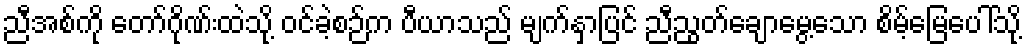
ညီအစ်ကို တော်ဂိုဏ်းထဲသို့ ဝင်ခဲ့စဉ်က ပီယာသည် မျက်နှာပြင် ညီညွတ်ချောမွေ့သော စိမ့်မြေပေါ်သို့